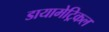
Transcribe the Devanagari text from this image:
डायामेट्रिकल